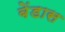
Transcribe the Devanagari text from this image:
बेंडास